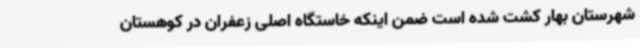
شهرستان بهار کشت شده است ضمن اینکه خاستگاه اصلی زعفران در کوهستان